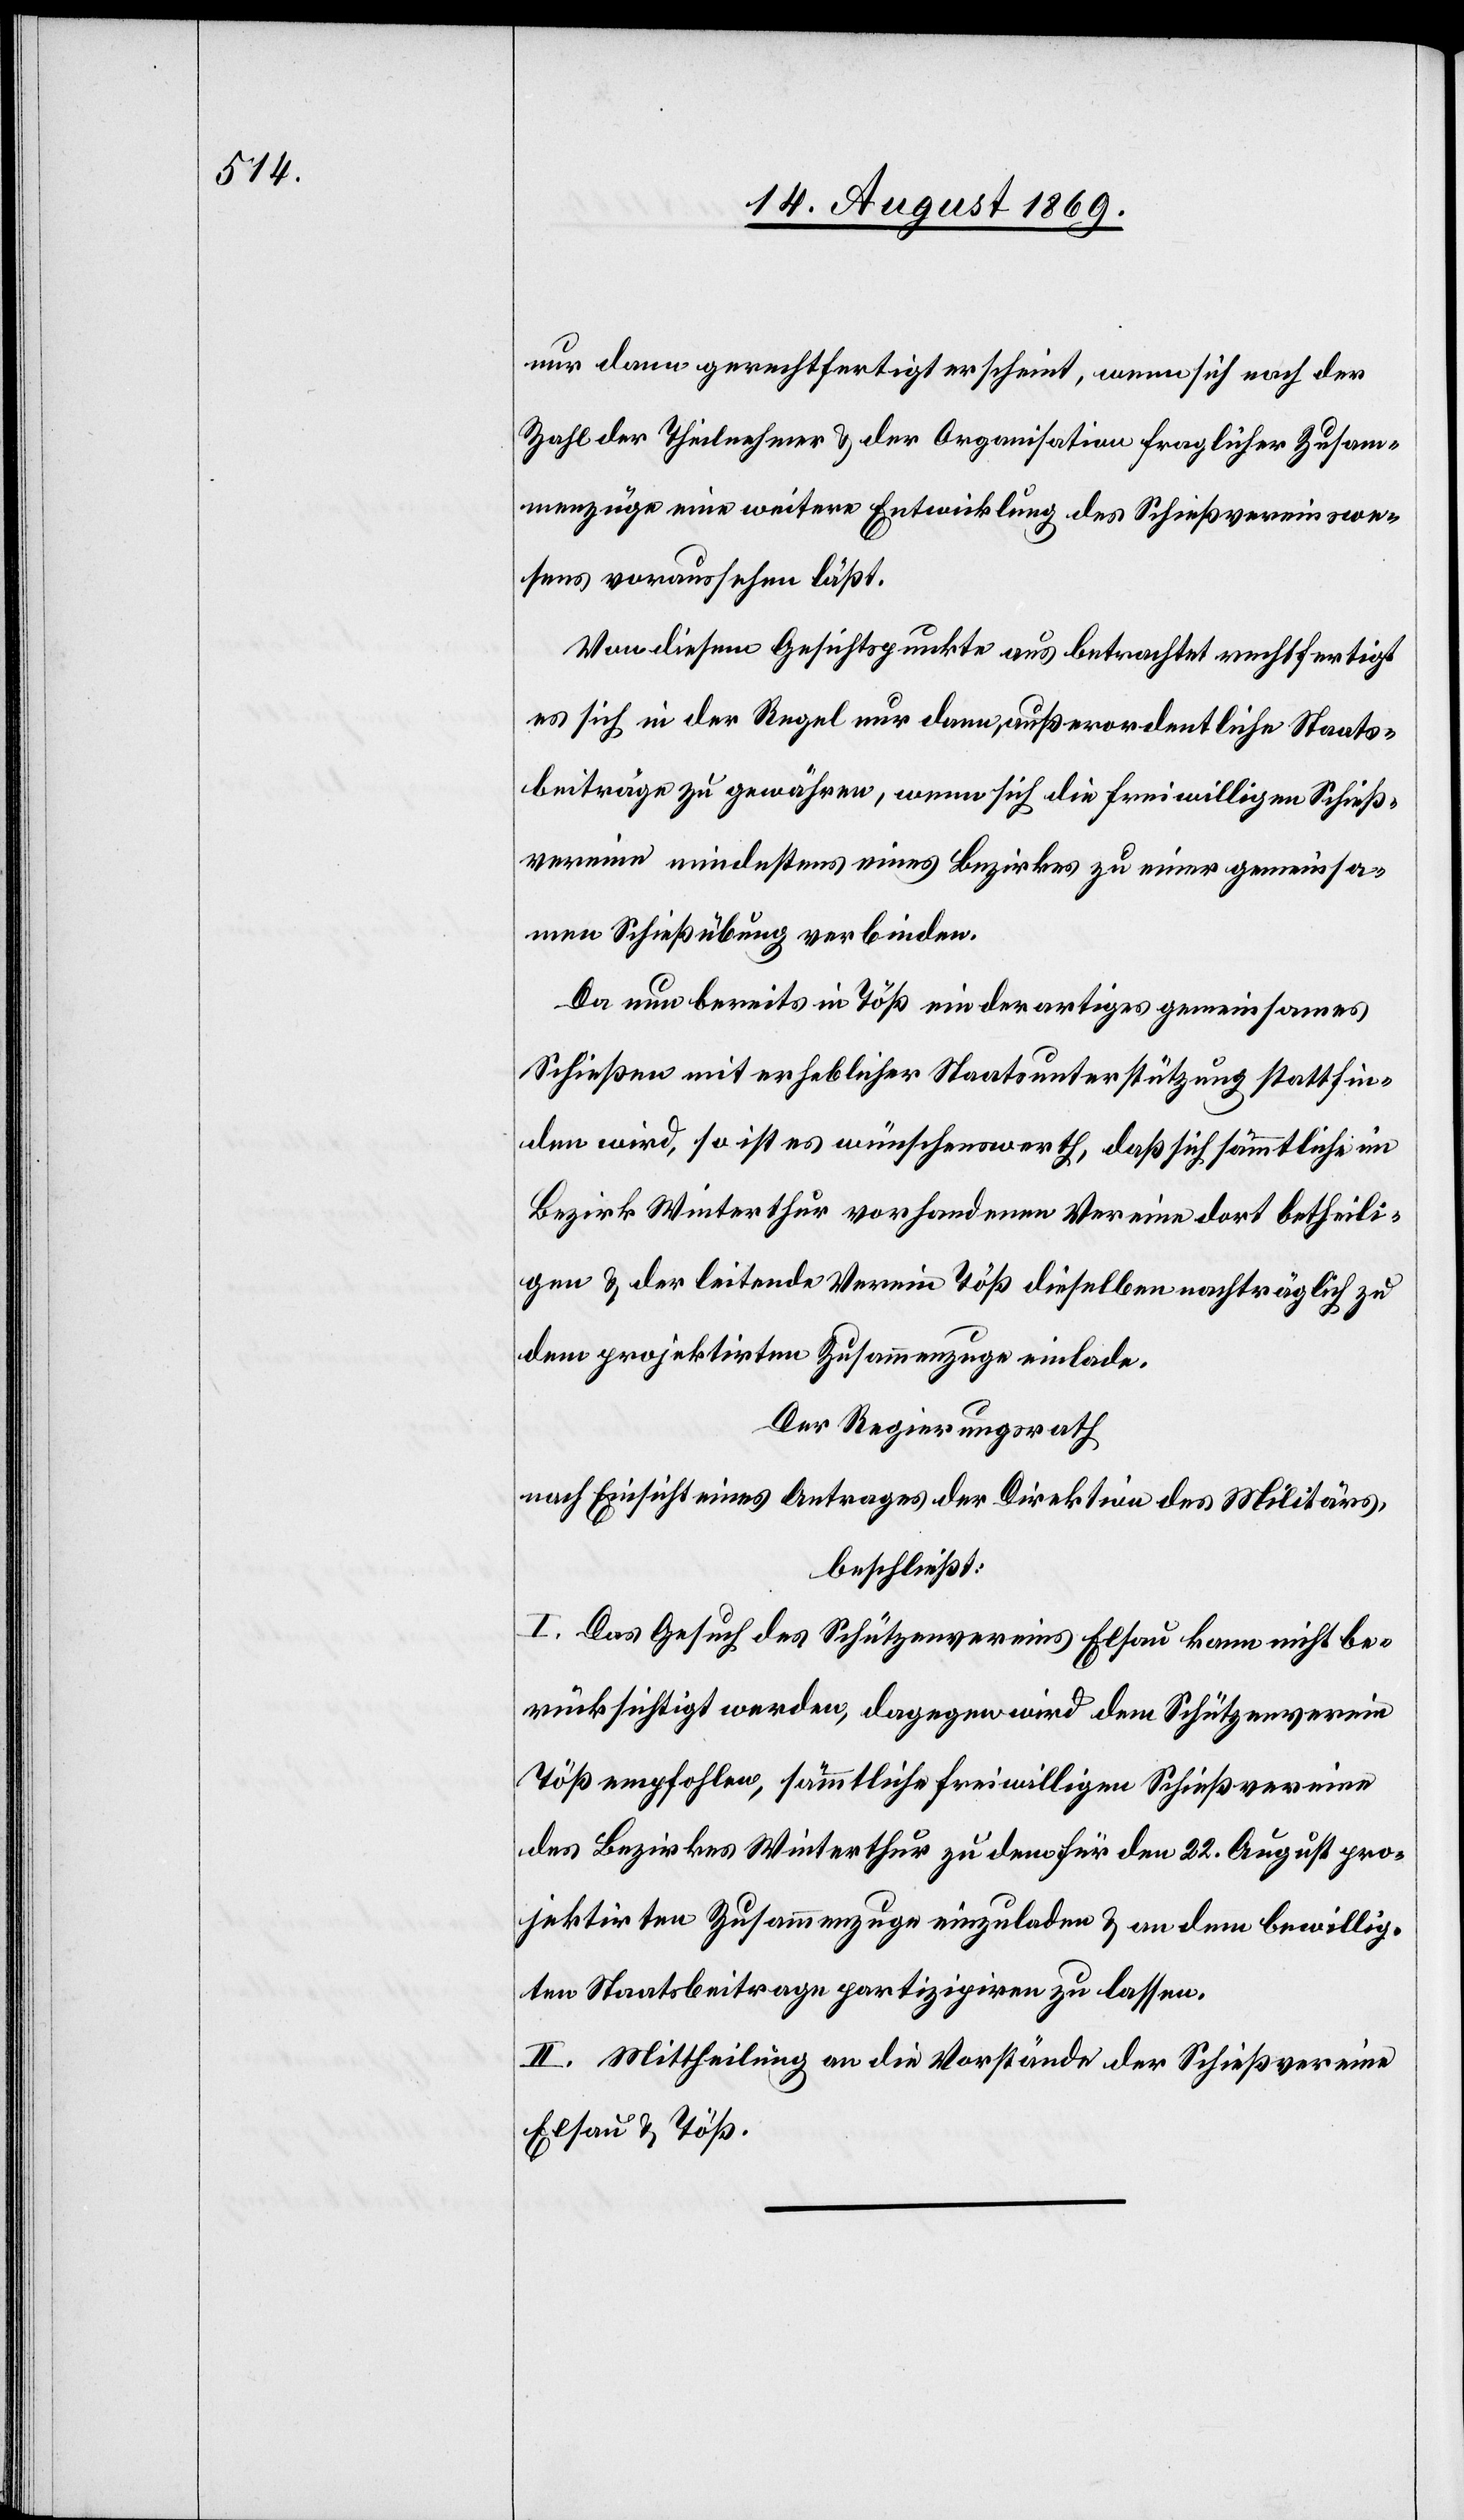
nur dann gerechtfertigt erscheint, wenn sich nach der
Zahl der Theilnehmer & der Organisation fraglicher Zusam¬
menzüge eine weitere Entwicklung des Schießvereinswe¬
sens voraussehen läßt.
Von diesem Gesichtspunkte aus betrachtet rechtfertigt
es sich in der Regel nur dann, außerordentliche Staats¬
beiträge zu gewähren, wenn sich die freiwilligen Schieß¬
vereine mindestens eines Bezirkes zu einer gemeinsa¬
men Schießübung verbinden.
Da nun bereits in Töß ein derartiges gemeinsames
Schießen mit erheblicher Staatsunterstützung stattfin¬
den wird, so ist es wünschenswerth, daß sich sämmtliche im
Bezirk Winterthur vorhandenen Vereine dort betheili¬
gen & der leitende Verein Töß dieselben nachträglich zu
dem projektirten Zusammenzuge einlade.
Der Regierungsrath
nach Einsicht eines Antrages der Direktion des Militärs,
beschließt:
I. Das Gesuch des Schützenvereins Elsau kann nicht be¬
rücksichtigt werden, dagegen wird dem Schützenverein
Töß empfohlen, sämmtliche freiwilligen Schießvereine
des Bezirkes Winterthur zu dem für den 22. August pro¬
jektirten Zusammenzuge einzuladen & an dem bewillig¬
ten Staatsbeitrage partizipiren zu lassen.
II. Mittheilung an die Vorstände der Schießvereine
Elsau & Töß.